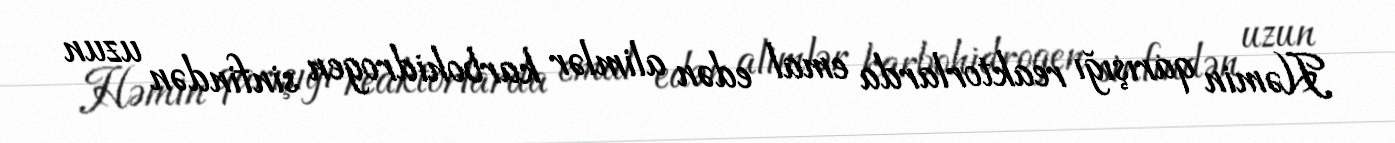
Həmin qarışığı reaktorlarda emal edən alimlər karbohidrogen sinfindən uzun